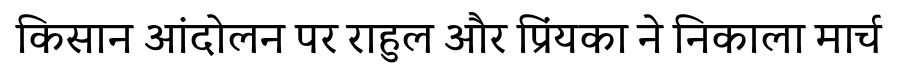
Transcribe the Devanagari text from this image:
किसान आंदोलन पर राहुल और प्रिंयका ने निकाला मार्च